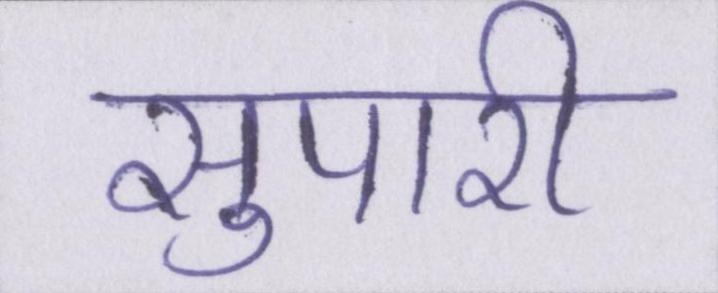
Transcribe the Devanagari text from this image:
सुपारी